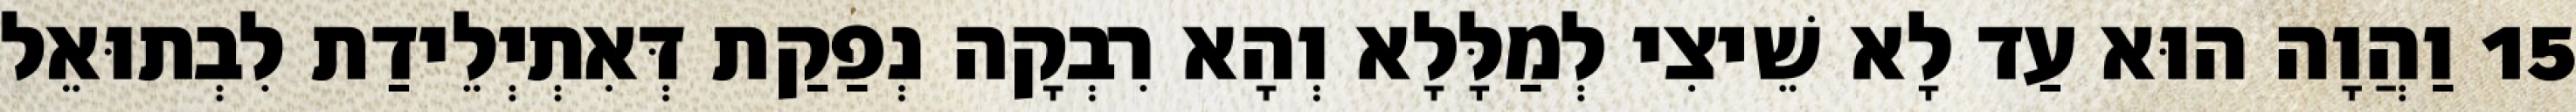
15 וַהֲוָה הוּא עַד לָא שֵׁיצִי לְמַלָּלָא וְהָא רִבְקָה נְפַקַת דְּאִתְיְלֵידַת לִבְתוּאֵל